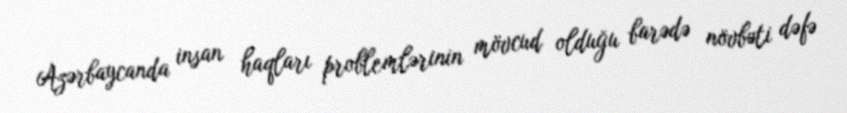
Azərbaycanda insan haqları problemlərinin mövcud olduğu barədə növbəti dəfə